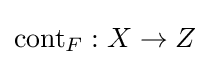
\operatorname {cont} _{F}:X\rightarrow Z